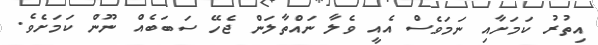
އިތުރު ކަމަށާއި ނަމަވެސް އެއީ ވެލާ ނައްތާލަން ޖެހޭ ސަބަބެއް ނޫން ކަމަށެވެ.